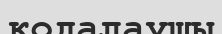
кодалаушы